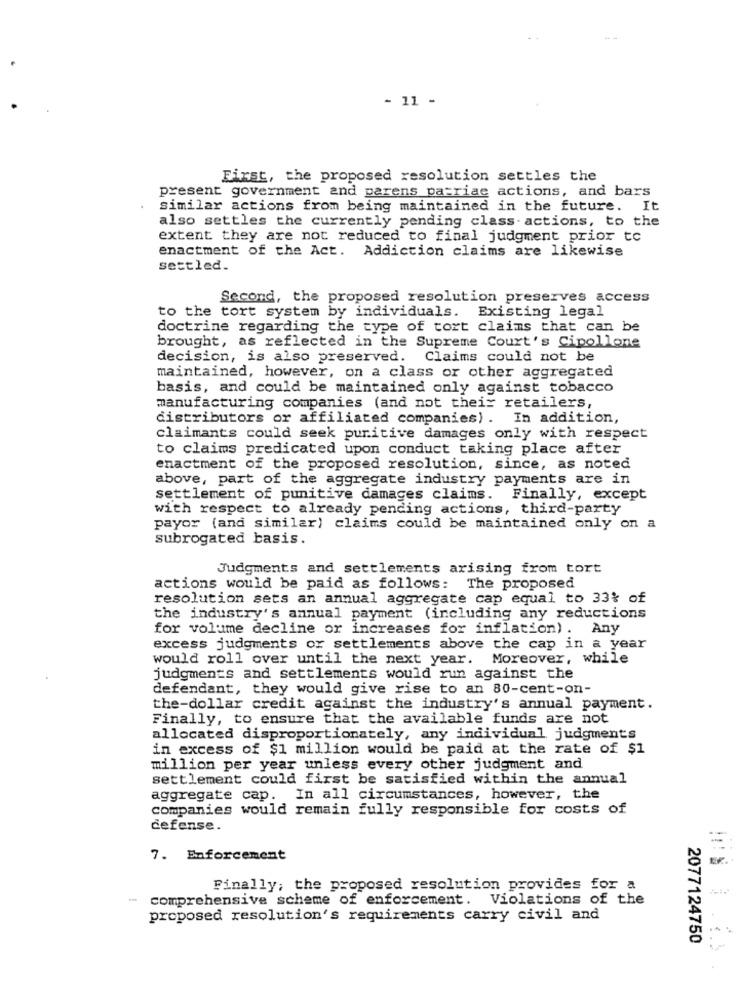
- 11 -
First, the proposed resolution settles the
present government and parens patriae actions, and bars
similar actions from being maintained in the future. It
also settles the currently pending class actions, to the
extent they are not reduced to final judgment prior to
enactment of the Act. Addiction claims are likewise
settled.
Second, the proposed resolution preserves access
to the tort system by individuals. Existing legal
doctrine regarding the type of tort claims that can be
brought, as reflected in the Supreme Court's Cipollone
decision, is also preserved. Claims could not be
maintained, however, on a class or other aggregated
basis, and could be maintained only against tobacco
manufacturing companies (and not theix retailers,
distributors or affiliated companies) . In addition,
claimants could seek punitive damages only with respect
to claims predicated upon conduct taking place after
enactment of the proposed resolution, since, as noted
above, part of the aggregate industry payments are in
settlement of punitive damages claims. Finally, except
with respect to already pending actions, third-party
payor (and similar) claims could be maintained only on a
subrogated basis.
Judgments and settlements arising from tort
actions would be paid as follows: The proposed
resolution sets an annual aggregate cap equal to 33% of
the industry's annual payment (including any reductions
for volume decline or increases for inflation) .
Any
excess judgments or settlements above the cap in a year
would roll over until the next year.
Moreover, while
judgments and settlements would run against the
defendant, they would give rise to an 80-cent-on-
the-dollar credit against the industry's annual payment.
Finally, to ensure that the available funds are not
allocated disproportionately, any individual judgments
in excess of $1 million would be paid at the rate of $1
million per year unless every other judgment and
settlement could first be satisfied within the annual
aggregate cap. In all circumstances, however, the
companies would remain fully responsible for costs of
defense.
7. Enforcement
Finally; the proposed resolution provides for a
" comprehensive scheme of enforcement. Violations of the
proposed resolution's requirements carry civil and
2077124750